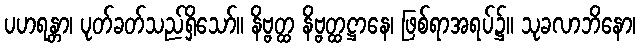
ပဟရန္တာ၊ ပုတ်ခတ်သည်ရှိသော်။ နိဗ္ဗတ္ထ နိဗ္ဗတ္ထဋ္ဌာနေ၊ ဖြစ်ရာအရပ်၌။ သုခလာဘိနော၊